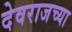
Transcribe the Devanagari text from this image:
देवराजच्या